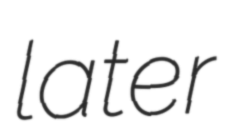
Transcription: later